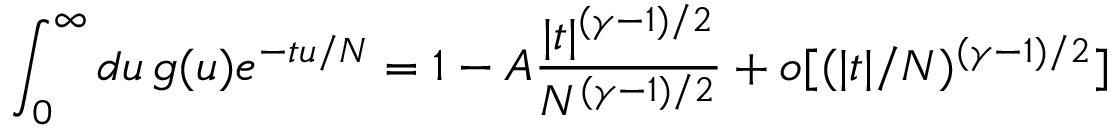
\int _ { 0 } ^ { \infty } d u \, g ( u ) e ^ { - t u / N } = 1 - A \frac { | t | ^ { ( \gamma - 1 ) / 2 } } { N ^ { ( \gamma - 1 ) / 2 } } + o [ ( | t | / N ) ^ { ( \gamma - 1 ) / 2 } ]